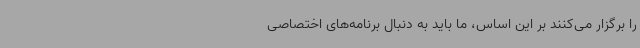
را برگزار می‌کنند بر این اساس، ما باید به دنبال برنامه‌های اختصاصی